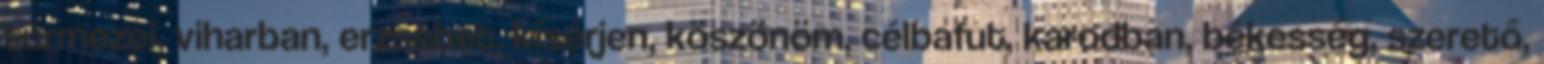
túrmezei, viharban, erzsébet, kísérjen, köszönöm, célbafut, karodban, békesség, szerető,